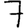
Digit: 7